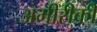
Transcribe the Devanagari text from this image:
अमीरीकी